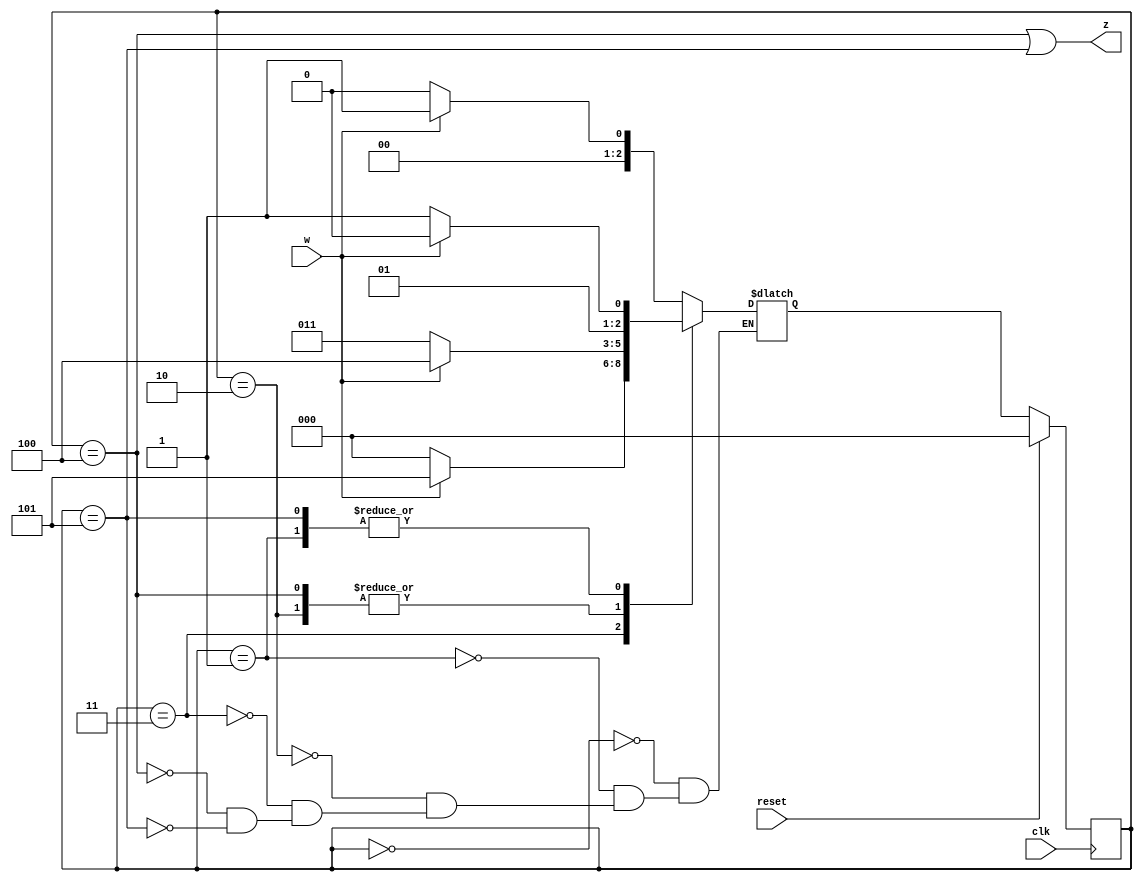
module top_module (
    input clk,
    input reset,     // synchronous reset
    input w,
    output z);
    parameter A=0, B=1, C=2, D=3, E=4,F=5;
    reg [2:0] state, next_state;
    always @ (posedge clk)
        begin
            if(reset)
                state <= A;
            else
                state <= next_state;
        end
    
    always @ (*) begin
        case(state)
            A: next_state = ~w? A: B;
            B: next_state = ~w? D: C;
            C: next_state = ~w? D: E;
            D: next_state = ~w? A: F;
            E: next_state = ~w? D: E;
            F: next_state = ~w? D: C;
        endcase
    end
    
    assign z = state ==E || state ==F;
  

endmodule